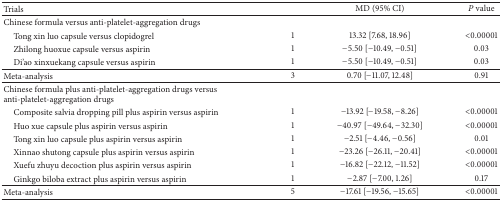
<table><thead><tr><td><b>Trials</b></td><td><b> </b></td><td><b>MD (95% CI)</b></td><td><b><i>P</i> value</b></td></tr></thead><tbody><tr><td>Chinese formula versus anti-platelet-aggregation drugs</td><td> </td><td> </td><td> </td></tr><tr><td> Tong xin luo capsule versus clopidogrel</td><td>1</td><td>13.32 [7.68, 18.96]</td><td>&lt;0.00001</td></tr><tr><td> Zhilong huoxue capsule versus aspirin</td><td>1</td><td>−5.50 [−10.49, −0.51]</td><td>0.03</td></tr><tr><td> Di&#x27;ao xinxuekang capsule versus aspirin</td><td>1</td><td>−5.50 [−10.49, −0.51]</td><td>0.03</td></tr><tr><td>Meta-analysis</td><td>3</td><td>0.70 [−11.07, 12.48]</td><td>0.91</td></tr><tr><td>Chinese formula plus anti-platelet-aggregation drugs versus anti-platelet-aggregation drugs</td><td> </td><td> </td><td> </td></tr><tr><td> Composite salvia dropping pill plus aspirin versus aspirin</td><td>1</td><td>−13.92 [−19.58, −8.26]</td><td>&lt;0.00001</td></tr><tr><td> Huo xue capsule plus aspirin versus aspirin</td><td>1</td><td>−40.97 [−49.64, −32.30]</td><td>&lt;0.00001</td></tr><tr><td> Tong xin luo capsule plus aspirin versus aspirin</td><td>1</td><td>−2.51 [−4.46, −0.56]</td><td>0.01</td></tr><tr><td> Xinnao shutong capsule plus aspirin versus aspirin</td><td>1</td><td>−23.26 [−26.11, −20.41]</td><td>&lt;0.00001</td></tr><tr><td> Xuefu zhuyu decoction plus aspirin versus aspirin</td><td>1</td><td>−16.82 [−22.12, −11.52]</td><td>&lt;0.00001</td></tr><tr><td> Ginkgo biloba extract plus aspirin versus aspirin</td><td>1</td><td>−2.87 [−7.00, 1.26]</td><td>0.17</td></tr><tr><td>Meta-analysis</td><td>5</td><td>−17.61 [−19.56, −15.65]</td><td>&lt;0.00001</td></tr></tbody></table>